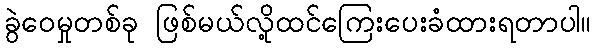
ခွဲဝေမှုတစ်ခု ဖြစ်မယ်လို့ထင်ကြေးပေးခံထားရတာပါ။